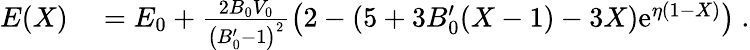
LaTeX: \begin{array}{rl}{E(X)}&{{}=E_{0}+\frac{2B_{0}V_{0}}{\left(B_{0}^{\prime}-1\right)^{2}}\left(2-\left(5+3B_{0}^{\prime}(X-1)-3X\right)\mathrm{e}^{\eta(1-X)}\right)~.}\end{array}